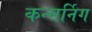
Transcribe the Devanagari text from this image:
कन्सर्निग